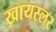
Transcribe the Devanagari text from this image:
ख्रायस्लर